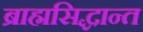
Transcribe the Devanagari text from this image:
ब्राह्मसिद्धान्त